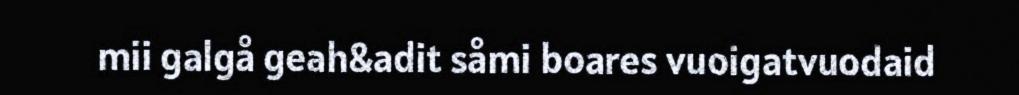
mii galgå geah&adit såmi boares vuoigatvuodaid